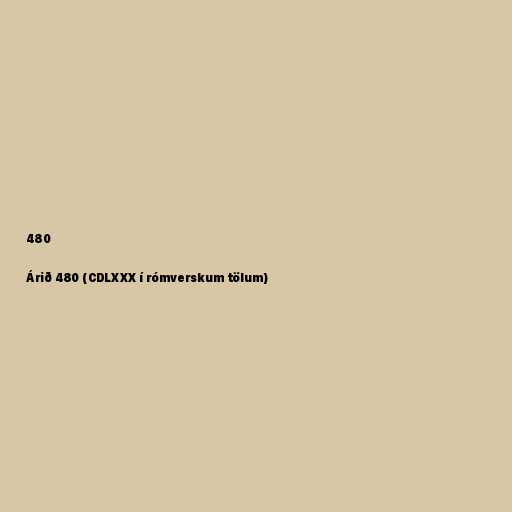
480

Árið 480 (CDLXXX í rómverskum tölum)